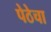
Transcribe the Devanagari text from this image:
पेठेचा